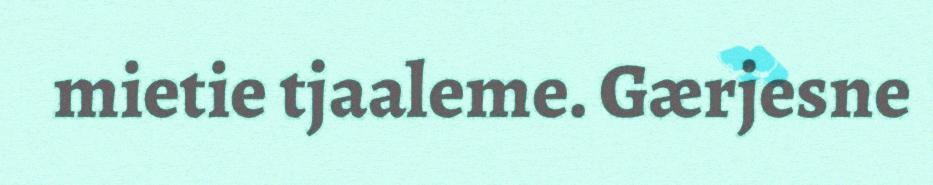
mietie tjaaleme. Gærjesne